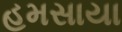
હમસાયા